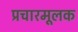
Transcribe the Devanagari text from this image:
प्रचारमूलक